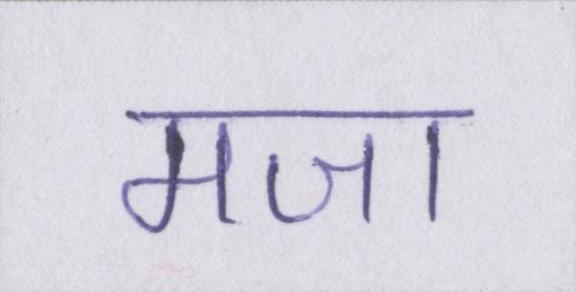
मजा